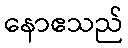
နောဧသည်